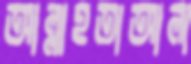
আল্লাহতাআলা